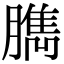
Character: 臇